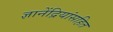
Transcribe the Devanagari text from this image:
ज्ञानेंद्रियांसहित